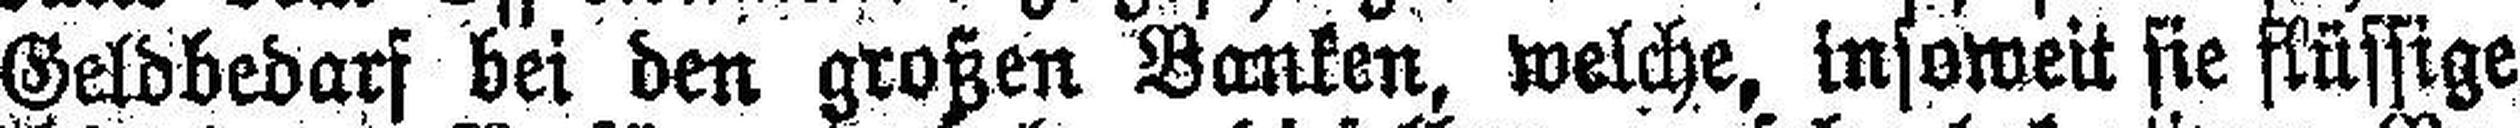
Geldbedarf bei den großen Banken, welche, insoweit sie flüssige